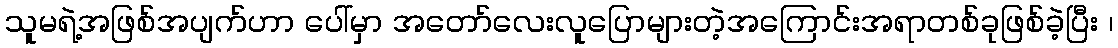
သူမရဲ့အဖြစ်အပျက်ဟာ ပေါ်မှာ အတော်လေးလူပြောများတဲ့အကြောင်းအရာတစ်ခုဖြစ်ခဲ့ပြီး ၊